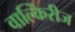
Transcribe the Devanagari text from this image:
वाल्किरीज